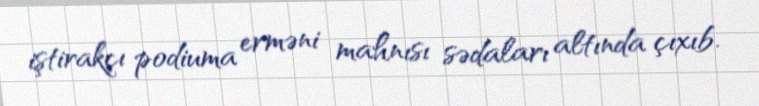
iştirakçı podiuma erməni mahnısı sədaları altında çıxıb.